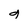
Character: g